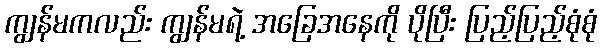
ကျွန်မကလည်း ကျွန်မရဲ့ အခြေအနေကို ပိုပြီး ပြည့်ပြည့်စုံစုံ